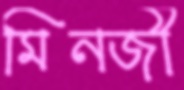
মিনজী